Vital statistics of India. Vol. IV, Annual returns from 1871 to 1876. British Army of India, Native Army and jails of Bengal
Year: 1871
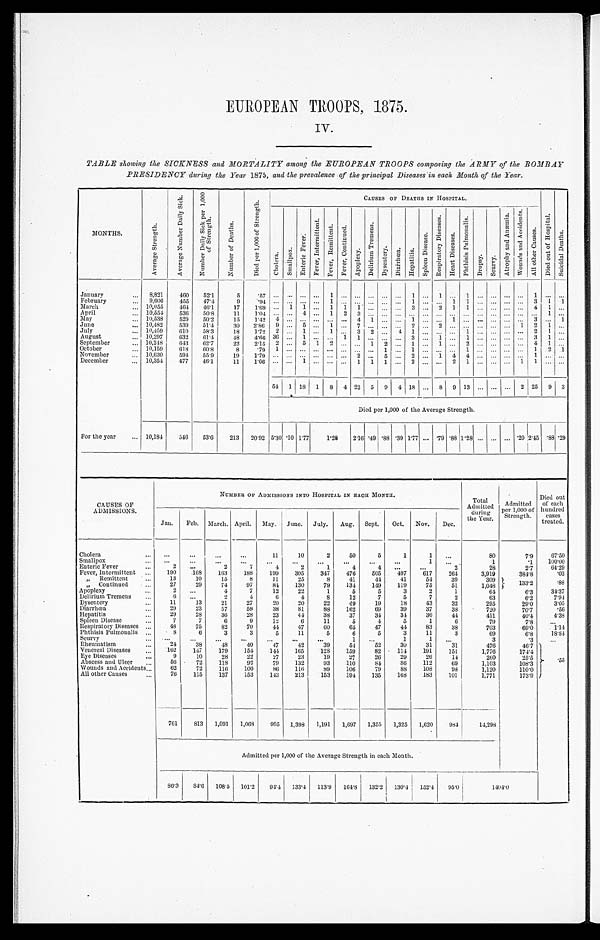
EUROPEAN TROOPS, 1875.
IV.
TABLE showing the SICKNESS and MORTALITY among the EUROPEAN TROOPS composing the ARMY of the BOMBAY
PRESIDENCY during the Year 1875, and the prevalence of the principal Diseases in each Month of the Year.
MONTHS.
A v e r a g e S t r e n g t h .
A v e r a g e N u m b e r D a i l y S I c k . N u m b e r D a i l y S i c k p e r 1 , 0 0 0 o f S t r e n g t h .
N u m b e r o f D e a t h s .
D i e d p e r 1 , 0 0 0 o f S t r e n g t h .
CAUS ES OF DEATHS I N HOS P I TAL.
D i e d o u t o f H o s i p i t a l
S u i c i d a l D e a t h s .
C h o l e r a .
S m a l l p o x .
E n t e r i c F e v e r .
F e v e r I n t e r m i t t e n t .
F e v r R e m i t t e n t . F e v e r C o n t i n u e d .
A p o p l e x y .
D e l i r u m T r e m e n s .
D y s e n t e r y . D i a r r h œa . He a p t i t s .
S p l e e n D i s e a s e .
R e s p i r a t o r y D i s e a s e .
H e a r t D i s e a s e .
P h t h i s i s P u l m o n a l i s .
D r o p s y . S c r v y .
A r o p h y a n d A n æ m i a .
W o u n d s o f A c c i d e n t s .
A l l o t h e r C a u s e s .
January
8,821 460 521
5
February
9,606 455 474
9
March
10,055 461 46.
17 1.9
1 1
1 1 1
3
2 11
4 1
April
10,554 536 50.
1 1 1.04
May
10,538 529 50.
15 1.42 4
4 1
June
10,482 539 514
30 286 9
5
1
7
2
2
1 2 1
July
10,459 610 553
August
10,297 632 614
September
10,218 613 62.
22 2.15 2
5 1 2
1 1 2
1
1
2
4 1
October
10,159 618 608
8
. 7 9
1
November
10,630 591 5.59
December
10,354 477 46.1
54 1 18 1 8
4 22 5 9 4 18 8 9 13
2 25 9 3
Died per 1,000 of the Average Strength.
For the year
10,184 546 53.6 213 20.92 5.30 . 10 1.77 1.28 2.16 .49 .88 .39 1.77
.79 .88 1.28
.20 2.45
1
.88 .29
CAUSES OF
ADMISSIONS.
•
NUMBER OF ADMISSIONS INTO HOSPITAL IN EACH MONTH.
Total
Admitted •
during
the Year.
Admitted
per 1,000 of
•
Strength.
Died out
of each
hundred cases
treated.
Jan. Feb. March, April. May. June. July. Aug. Sept. Oct. Nov. Dec.
Cholera
1 1 10
2
50
5
1
1
80
7.9 67. 50
Smallpox
1
1
.1 100. 00
Enteric Fever
2
2
7
4
2
1
4
4
2
28
2.7
64. 29
Fever, Intermittent
190 .168 163 188 199 305 347 476 505 497 617 264
3,919
384.8
.03
„ Remittent
13
10
15
8
1 1 25
8
41
44
41
54
39
309
133.2
.88
„ Continued
27
29
74
97
84 130
79 134 149 119
75
51
1,048
Apoplexy
4
7
12
22
1
5
5
3
2
1
64
6.3
34. 37
Delirium Tremens
6
2
4
6
4
8
12
7
5
7
2
63
6.2
7 . 9 4
Dysentery
11
13
21
27
20
20
22
49
19
18
43
32
295
29.0
3 . 0 5
Diarrhœa
29
23
57
59
38
81
88 162
69
39
37
38
720
70.7
•56
Hepatitis
2 9 28
36
28
23
44
38
37
34
34
36
44
411
40.4
4 . 3 8
Spleen Disease
7
7
6
9
12
6
11
5
4
5
1
6
79
7.8
Respiratory Diseases
48
75
82
70
44
47
60
65
47
44
83
38
703
69.0
1 . 1 4
Phthisis Pulmonalis
8
6
3
3
5
11
5
6
5
3
11
3
69
6.8
18. 84
Scurvy
1
1
1
3
.3
Rheumatism
2 4
38
48
40
47
42
39
54 52
30
31
31
470
46.7 . 5 5
Venereal Diseases
162 147 179 154 141 165 128 159
82 114 191 151
1,770
174.4
Eye Diseases,
10
28
22
27
23
19
27
20
29
26
14
260
955
-
Abscess and Ulcer
56 72 118
92
79 132
93 110
84 86 112
69
1,103
108.3
Wounds and Accidents
62
72 116 100
8 6 116 89 106
79
88 108
98
1,120
110.0
All other Causes
76 115 137 153 143 213 153 19.4 135 168 183 101
1,771
173.9
761 813 1,091 1,069 995 1,398 1,191 1,697 1,355 1,325 1,620 984
14,298
Admitted per 1,000 of the Average Strength in each Month.
86.3
8 4 . 6 108.5 101.2 94.4 133.4 113.9 164.8 132.2 130.4152.4 95.0
1 4 0 4 . 0